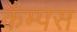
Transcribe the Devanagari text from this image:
कँम्पस